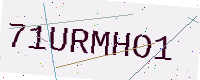
Text: 71URMHO1